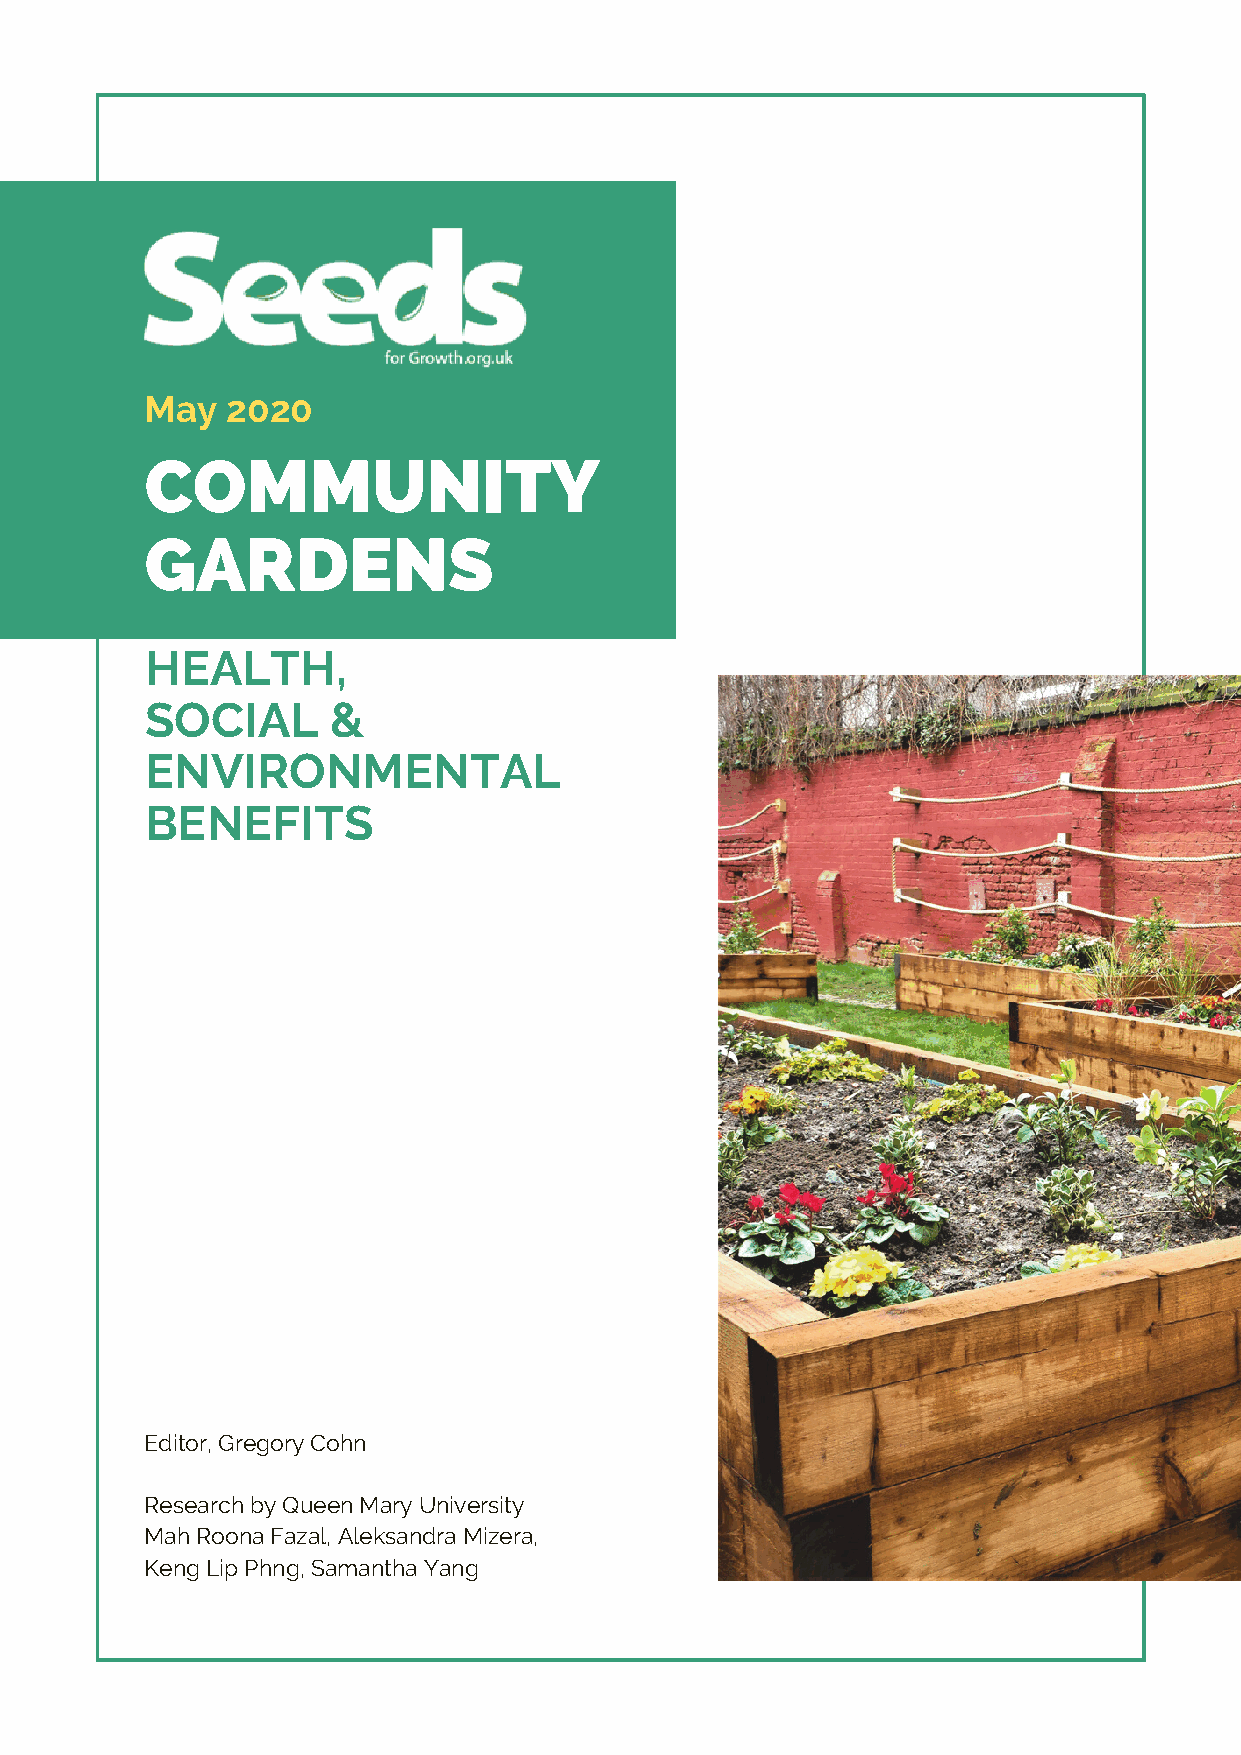
May  2020
 COMMUNITY
 GARDENS
 HEALTH,
 SOCIAL      &
 ENVIRONMENTAL
 BENEFITS
 Editor, Gregory Cohn
 Research by Queen Mary University
 Mah Roona Fazal, Aleksandra Mizera,
 Keng Lip Phng, Samantha Yang